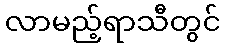
လာမည့်ရာသီတွင်